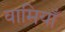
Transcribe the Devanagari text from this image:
वामियाँ